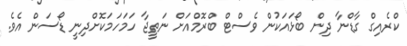
ކްރެއިގް ގާޑްނާ ދިން ބޯޅައަކުން ވެސްޓް ބްރޮމްއަށް ނަތީޖާ ހަމަހަމަކޮށްދިނީ ޑޯސަން އެވެ.